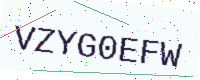
Text: VZYG0EFW